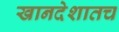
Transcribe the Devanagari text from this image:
खानदेशातच